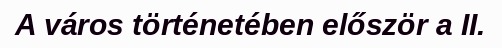
A város történetében először a II.